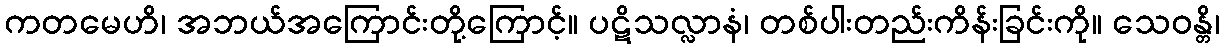
ကတမေဟိ၊ အဘယ်အကြောင်းတို့ကြောင့်။ ပဋိသလ္လာနံ၊ တစ်ပါးတည်းကိန်းခြင်းကို။ သေဝန္တိ၊